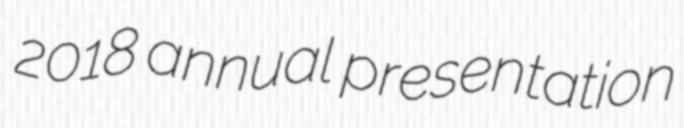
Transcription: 2018 annual presentation